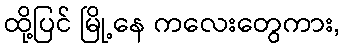
ထို့ပြင် မြို့နေ ကလေးတွေကား,